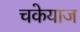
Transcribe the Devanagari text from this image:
चकेयाज